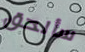
سألحق